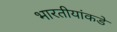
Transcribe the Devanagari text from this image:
भारतीयांकडे